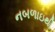
નબળાઇથી